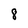
Character: 8